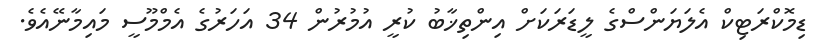
ޑިމޮކްރަޓިކް އެލަޔަންސްގެ ލީޑަރަކަށް އިންތިޚާބު ކުރީ އުމުރުން 34 އަހަރުގެ އެމްމޫސީ މައިމާނޭއެވެ.